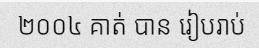
២០០៤ គាត់ បាន រៀបរាប់